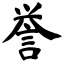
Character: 誉